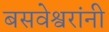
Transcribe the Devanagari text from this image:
बसवेश्वरांनी